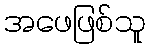
အဖေဖြစ်သူ